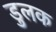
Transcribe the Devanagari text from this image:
डुलक